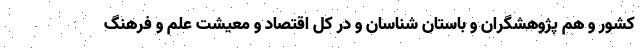
کشور و هم پژوهشگران و باستان شناسان و در کل اقتصاد و معیشت علم و فرهنگ